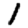
Digit: 1